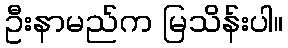
ဦးနာမည်က မြသိန်းပါ။